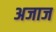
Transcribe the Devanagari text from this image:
अजाज